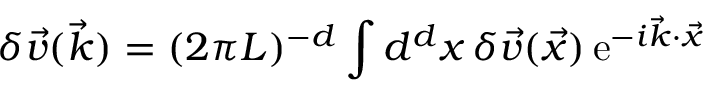
\delta \vec { v } ( \vec { k } ) = ( 2 \pi L ) ^ { - d } \int d ^ { d } { x } \, \delta \vec { v } ( \vec { x } ) \, \mathrm { e } ^ { - i \vec { k } \cdot \vec { x } }